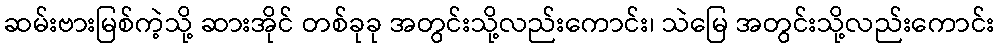
ဆမ်းဗားမြစ်ကဲ့သို့ ဆားအိုင် တစ်ခုခု အတွင်းသို့လည်းကောင်း၊ သဲမြေ အတွင်းသို့လည်းကောင်း